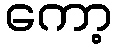
ကော့